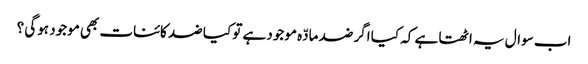
اب سوال یہ اٹھتا ہے کہ کیا اگر ضد مادّہ موجود ہے تو کیا ضد کائنات بھی موجود ہوگی ؟